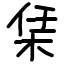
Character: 栠